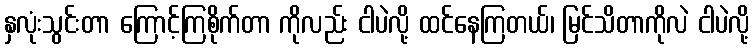
နှလုံးသွင်းတာ ကြောင့်ကြစိုက်တာ ကိုလည်း ငါပဲလို့ ထင်နေကြတယ်၊ မြင်သိတာကိုလဲ ငါပဲလို့